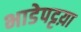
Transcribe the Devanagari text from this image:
भाडेपट्टय़ा